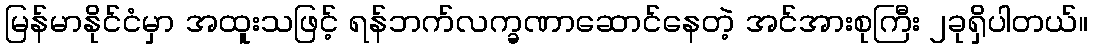
မြန်မာနိုင်ငံမှာ အထူးသဖြင့် ရန်ဘက်လက္ခဏာဆောင်နေတဲ့ အင်အားစုကြီး ၂ခုရှိပါတယ်။